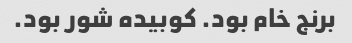
برنج خام بود. کوبیده شور بود.